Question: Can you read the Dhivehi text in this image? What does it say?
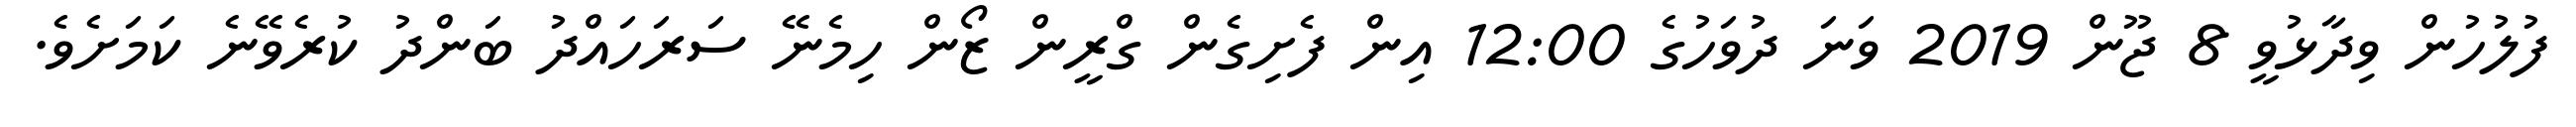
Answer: ފުލުހުން ވިދާޅުވީ 8 ޖޫން 2019 ވަނަ ދުވަހުގެ 12:00 އިން ފެށިގެން ގްރީން ޒޯން ހިމެނޭ ސަރަހައްދު ބަންދު ކުރެވޭނެ ކަމަށެވެ.